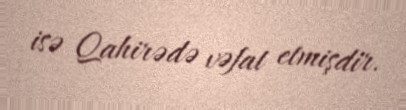
isə Qahirədə vəfat etmişdir.